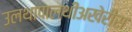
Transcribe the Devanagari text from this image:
उलथापालथीअखेरीस